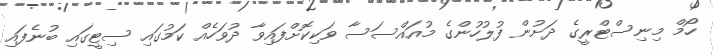
ހޯމް މިނިސްޓްރީގެ ދަށުން ފުލުހުންގެ މުއައްސަސާ ވަކިކޮށްފައިވާ ދުވަހެއް ކަމުގައި ސިޓީގައި ބުނެފައި